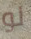
لو